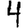
Digit: 4